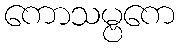
ကောသမ္ဗကေ